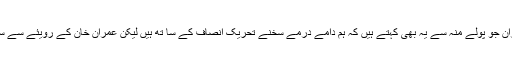
چودھری برادران جو پولے منہ سے یہ بھی کہتے ہیں کہ ہم دامے درمے سخنے تحریک انصاف کے سا تھ ہیں لیکن عمران خان کے رویئے سے سخت شاکی ہیں۔